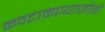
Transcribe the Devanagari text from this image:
कवटाळण्याजोगे